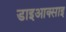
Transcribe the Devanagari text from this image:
डाइआक्साइ